Indian journal of veterinary science and animal husbandry - Volume 8,
Year: 1938
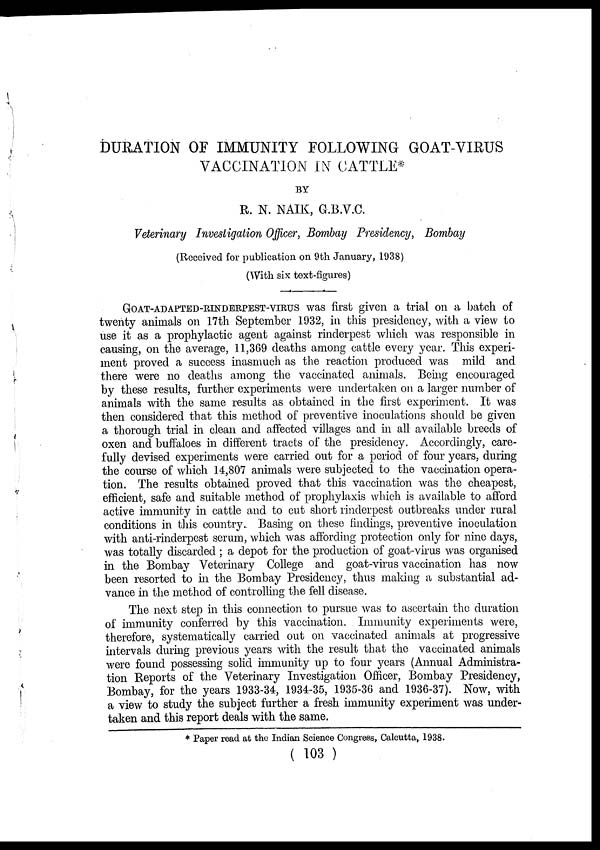
DURATION OF IMMUNITY FOLLOWING GOAT-VIRUS
VACCINATION IN CATTLE*
BY
R. N. NAIK, G.B.V.C.
Veterinary Investigation Officer, Bombay Presidency, Bombay
(Received for publication on 9th January, 1938)
(With six text-figures)
GOAT-ADAPTED-RINDERPEST-VIRUS was first given a trial on a batch of
twenty animals on 17th September 1932, in this presidency, with a view to
use it as a prophylactic agent against rinderpest which was responsible in
causing, on the average, 11,369 deaths among cattle every year. This experi-
ment proved a success inasmuch as the reaction produced was mild and
there were no deaths among the vaccinated animals. Being encouraged
by these results, further experiments were undertaken on a larger number of
animals with the same results as obtained in the first experiment. It was
then considered that this method of preventive inoculations should be given
a thorough trial in clean and affected villages and in all available breeds of
oxen and buffaloes in different tracts of the presidency. Accordingly, care-
fully devised experiments were carried out for a period of four years, during
the course of which 14,807 animals were subjected to the vaccination opera-
tion. The results obtained proved that this vaccination was the cheapest,
efficient, safe and suitable method of prophylaxis which is available to afford
active immunity in cattle and to cut short rinderpest outbreaks under rural
conditions in this country. Basing on these findings, preventive inoculation
with anti-rinderpest serum, which was affording protection only for nine days,
was totally discarded ; a depot for the production of goat-virus was organised
in the Bombay Veterinary College and goat-virus vaccination has now
been resorted to in the Bombay Presidency, thus making a substantial ad-
vance in the method of controlling the fell disease.
The next step in this connection to pursue was to ascertain the duration
of immunity conferred by this vaccination. Immunity experiments were,
therefore, systematically carried out on vaccinated animals at progressive
intervals during previous years with the result that the vaccinated animals
were found possessing solid immunity up to four years (Annual Administra-
tion Reports of the Veterinary Investigation Officer, Bombay Presidency,
Bombay, for the years 1933-34, 1934-35, 1935-36 and 1936-37). Now, with
a view to study the subject further a fresh immunity experiment was under-
taken and this report deals with the same.
* Paper read at the Indian Science Congress, Calcutta, 1938.
( 103 )